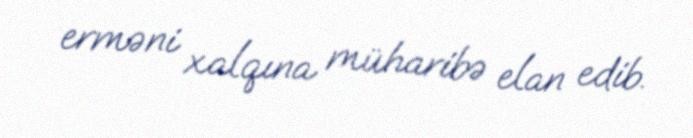
erməni xalqına müharibə elan edib.